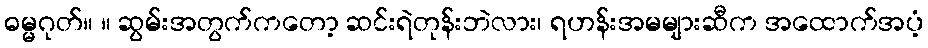
ဓမ္မဂုတ်။ ။ ဆွမ်းအတွက်ကတော့ ဆင်းရဲတုန်းဘဲလား၊ ရဟန်းအမများဆီက အထောက်အပံ့